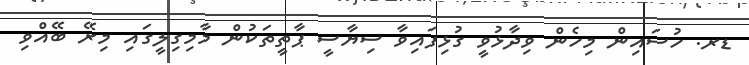
ޑރ. ހުސައިން މިހެން ވިދާޅުވީ ގުޅިފައިވާ ސިޔާސީ ޕާތީތަކުން މާމިގިލީގައި މިރޭ ބޭއްވި